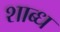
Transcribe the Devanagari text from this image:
शाब्ध